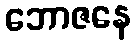
ဘောဇနေ